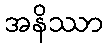
အနိဿာ